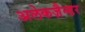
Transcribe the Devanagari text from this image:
अलेकज़ैन्डर